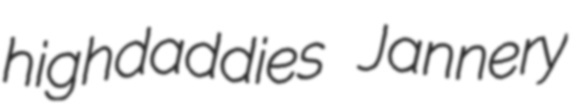
highdaddies Jannery